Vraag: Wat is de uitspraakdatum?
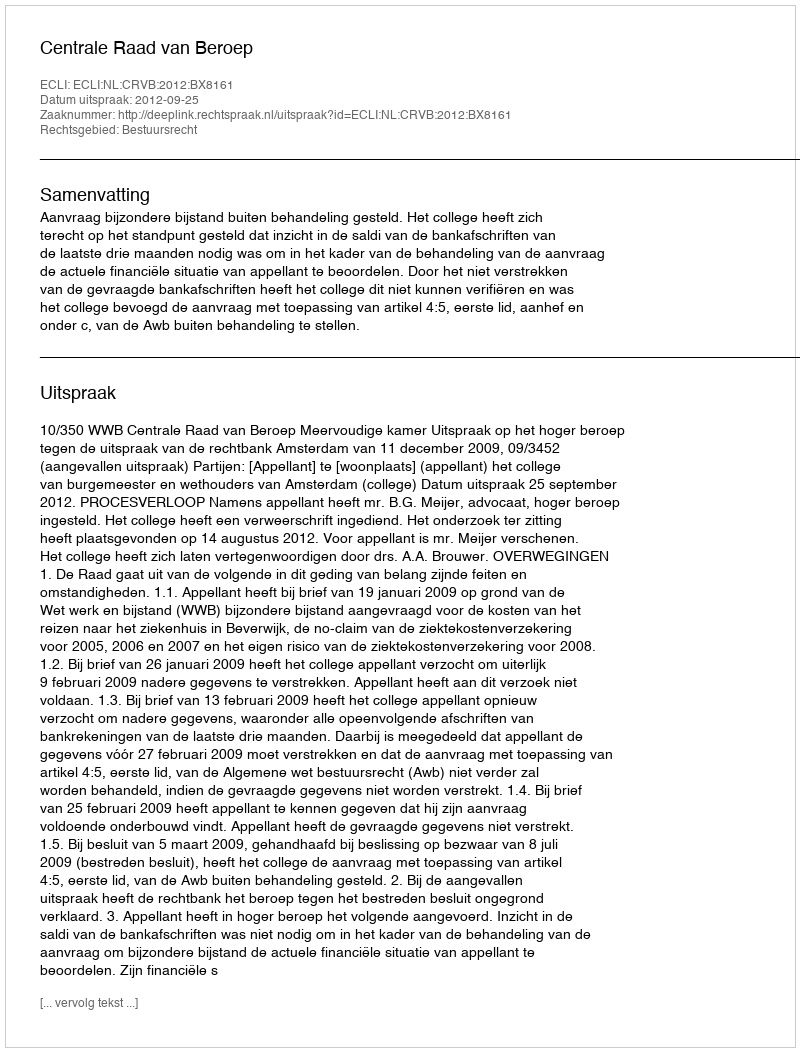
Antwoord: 2012-09-25